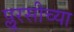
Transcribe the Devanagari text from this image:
प्लूरसीच्या